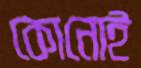
কোনোই